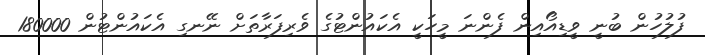
ފުލުހުން ބުނީ ވީޑިއޯއިން ފެންނަ މީހަކީ އެކައުންޓުގެ ވެރިފަރާތަށް ނޭނގި އެކައުންޓުން 180000